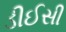
ડીઈસી